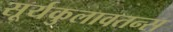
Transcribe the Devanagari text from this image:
सूर्यकुलावतन्स